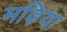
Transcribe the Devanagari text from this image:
मढ़िया